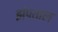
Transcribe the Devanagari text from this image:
झंपताल